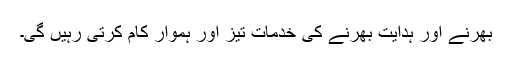
بھرنے اور ہدایت بھرنے کی خدمات تیز اور ہموار کام کرتی رہیں گی۔